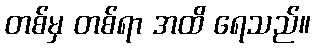
တစ်မှ တစ်ရာ အထိ ရေသည်။